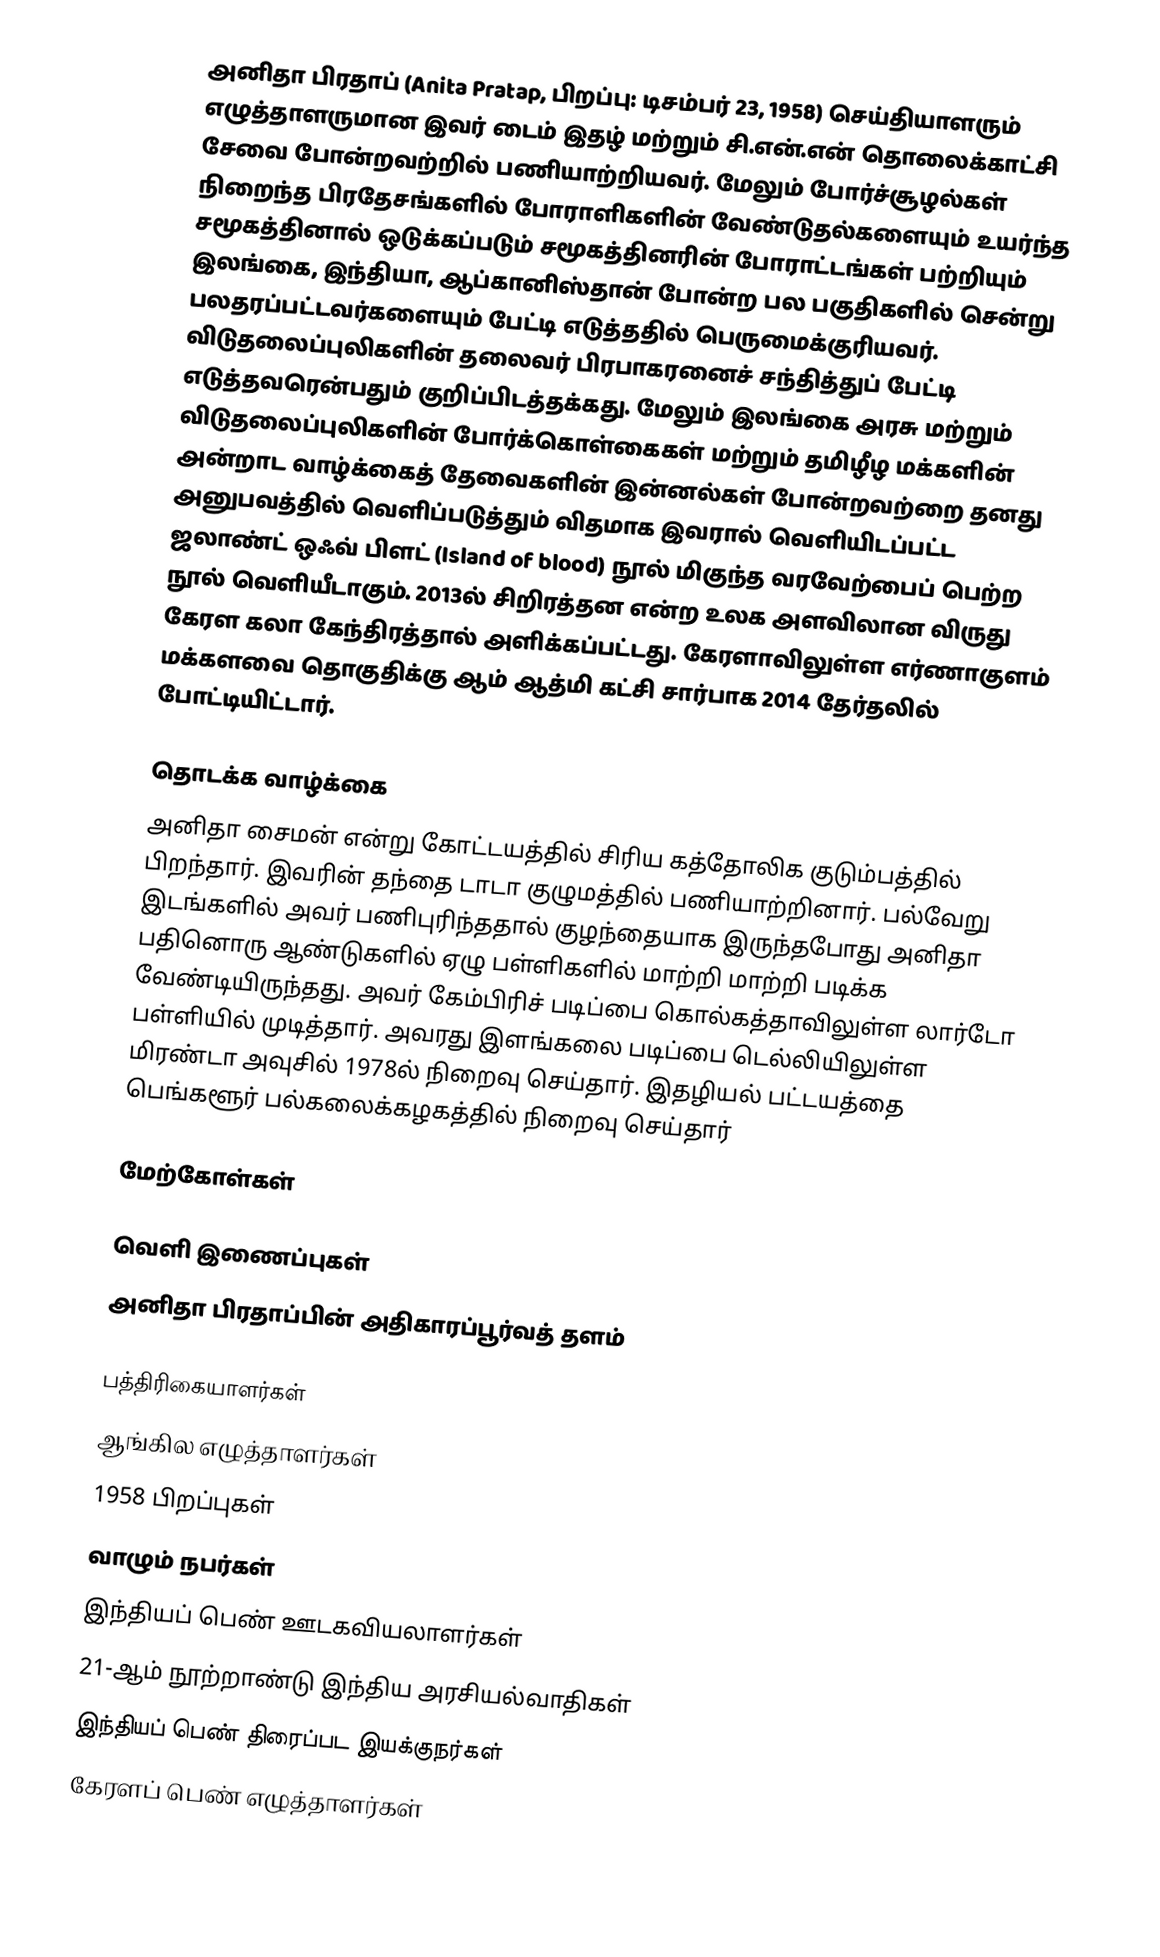
அனிதா பிரதாப் (Anita Pratap, பிறப்பு: டிசம்பர் 23, 1958) செய்தியாளரும் எழுத்தாளருமான இவர் டைம் இதழ் மற்றும் சி.என்.என் தொலைக்காட்சி சேவை போன்றவற்றில் பணியாற்றியவர். மேலும் போர்ச்சூழல்கள் நிறைந்த பிரதேசங்களில் போராளிகளின் வேண்டுதல்களையும் உயர்ந்த சமூகத்தினால் ஒடுக்கப்படும் சமூகத்தினரின் போராட்டங்கள் பற்றியும் இலங்கை, இந்தியா, ஆப்கானிஸ்தான் போன்ற பல பகுதிகளில் சென்று பலதரப்பட்டவர்களையும் பேட்டி எடுத்ததில் பெருமைக்குரியவர். விடுதலைப்புலிகளின் தலைவர் பிரபாகரனைச் சந்தித்துப் பேட்டி எடுத்தவரென்பதும் குறிப்பிடத்தக்கது. மேலும் இலங்கை அரசு மற்றும் விடுதலைப்புலிகளின் போர்க்கொள்கைகள் மற்றும் தமிழீழ மக்களின் அன்றாட வாழ்க்கைத் தேவைகளின் இன்னல்கள் போன்றவற்றை தனது அனுபவத்தில் வெளிப்படுத்தும் விதமாக இவரால் வெளியிடப்பட்ட ஜலாண்ட் ஒஃவ் பிளட் (Island of blood) நூல் மிகுந்த வரவேற்பைப் பெற்ற நூல் வெளியீடாகும். 2013ல் சிறிரத்தன என்ற உலக அளவிலான விருது கேரள கலா கேந்திரத்தால் அளிக்கப்பட்டது. கேரளாவிலுள்ள எர்ணாகுளம் மக்களவை தொகுதிக்கு ஆம் ஆத்மி கட்சி சார்பாக 2014 தேர்தலில் போட்டியிட்டார்.

தொடக்க வாழ்க்கை
அனிதா சைமன் என்று கோட்டயத்தில் சிரிய கத்தோலிக குடும்பத்தில் பிறந்தார். இவரின் தந்தை டாடா குழுமத்தில் பணியாற்றினார். பல்வேறு இடங்களில் அவர் பணிபுரிந்ததால் குழந்தையாக இருந்தபோது அனிதா பதினொரு ஆண்டுகளில் ஏழு பள்ளிகளில் மாற்றி மாற்றி படிக்க வேண்டியிருந்தது. அவர் கேம்பிரிச் படிப்பை கொல்கத்தாவிலுள்ள லார்டோ பள்ளியில் முடித்தார். அவரது இளங்கலை படிப்பை டெல்லியிலுள்ள மிரண்டா அவுசில் 1978ல் நிறைவு செய்தார். இதழியல் பட்டயத்தை பெங்களூர் பல்கலைக்கழகத்தில் நிறைவு செய்தார்

மேற்கோள்கள்

வெளி இணைப்புகள்
அனிதா பிரதாப்பின் அதிகாரப்பூர்வத் தளம்

பத்திரிகையாளர்கள்
ஆங்கில எழுத்தாளர்கள்
1958 பிறப்புகள்
வாழும் நபர்கள்
இந்தியப் பெண் ஊடகவியலாளர்கள்
21-ஆம் நூற்றாண்டு இந்திய அரசியல்வாதிகள்
இந்தியப் பெண் திரைப்பட இயக்குநர்கள்
கேரளப் பெண் எழுத்தாளர்கள்